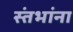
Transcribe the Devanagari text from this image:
स्तंभांना